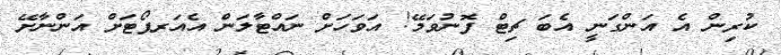
ކުރިން އެ އަންގަނީ އެބަ ޗިޓް ފޮނުވަމޭ! އަވަހަށް ނައްޓާލަން އެއަރޕޯޓަށް އަންނާށޭ